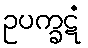
ဥပက္ခဋံ